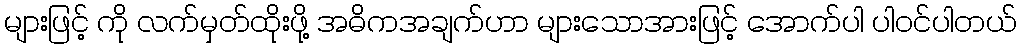
များဖြင့် ကို လက်မှတ်ထိုးဖို့ အဓိကအချက်ဟာ များသောအားဖြင့် အောက်ပါ ပါဝင်ပါတယ်